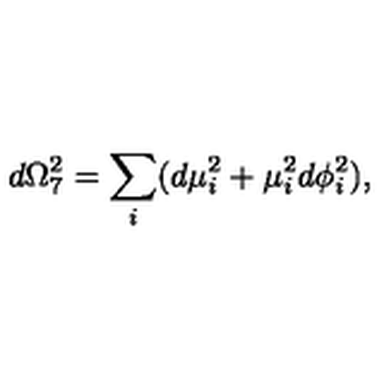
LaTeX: d \Omega _ { 7 } ^ { 2 } = \sum _ { i } ( d \mu _ { i } ^ { 2 } + \mu _ { i } ^ { 2 } d \phi _ { i } ^ { 2 } ) ,